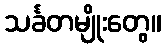
သင်္ခတမျိုးတွေ။